Proceedings of the meeting of veterinary officers in India
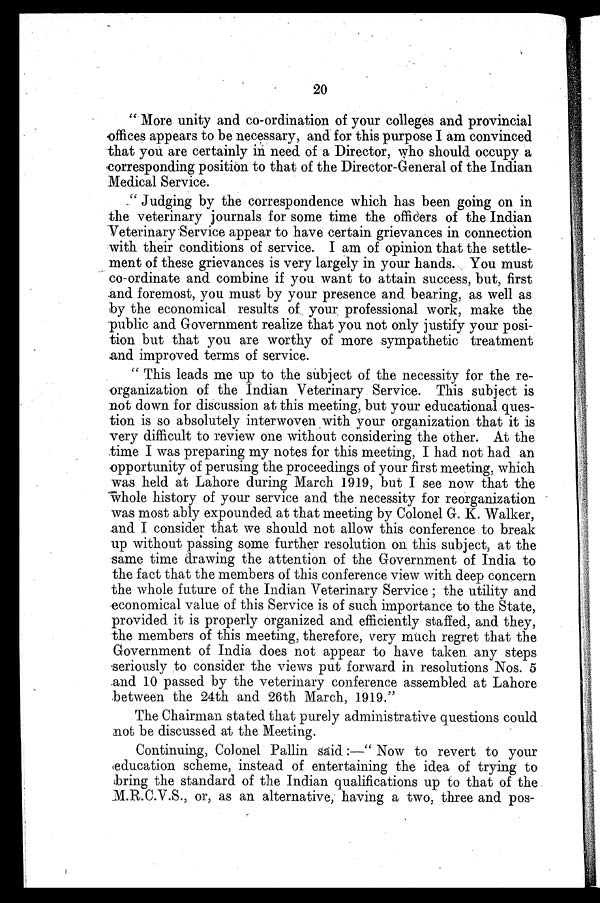
20
"More unity and co-ordination of your colleges and provincial
offices appears to be necessary, and for this purpose I am convinced
that you are certainly in need of a Director, who should occupy a
corresponding position to that of the Director-General of the Indian
Medical Service.
"Judging by the correspondence which has been going on in
the veterinary journals for some time the officers of the Indian
Veterinary Service appear to have certain grievances in connection
with their conditions of service. I am of opinion that the settle-
ment of these grievances is very largely in your hands. You must
co-ordinate and combine if you want to attain success, but, first
and foremost, you must by your presence and bearing, as well as
by the economical results of your professional work, make the
public and Government realize that you not only justify your posi-
tion but that you are worthy of more sympathetic treatment
and improved terms of service.
"This leads me up to the subject of the necessity for the re-
organization of the Indian Veterinary Service. This subject is
not down for discussion at this meeting, but your educational ques-
tion is so absolutely interwoven with your organization that it is
very difficult to review one without considering the other. At the
time I was preparing my notes for this meeting, I had not had an
opportunity of perusing the proceedings of your first meeting, which
was held at Lahore during March 1919, but I see now that the
whole history of your service and the necessity for reorganization
was most ably expounded at that meeting by Colonel G. K. Walker,
and I consider that we should not allow this conference to break
up without passing some further resolution on this subject, at the
same time drawing the attention of the Government of India to
the fact that the members of this conference view with deep concern
the whole future of the Indian Veterinary Service; the utility and
economical value of this Service is of such importance to the State,
provided it is properly organized and efficiently staffed, and they,
the members of this meeting, therefore, very much regret that the
Government of India does not appear to have taken any steps
seriously to consider the views put forward in resolutions Nos. 5
and 10 passed by the veterinary conference assembled at Lahore
between the 24th and 26th March, 1919."
The Chairman stated that purely administrative questions could
not be discussed at the Meeting.
Continuing, Colonel Pallin said:—"Now to revert to your
education scheme, instead of entertaining the idea of trying to
bring the standard of the Indian qualifications up to that of the
M.R.C.V.S., or, as an alternative, having a two, three and pos-